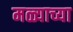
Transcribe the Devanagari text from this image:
मळ्याच्या